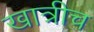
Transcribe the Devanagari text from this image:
खात्रीच